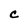
Character: C